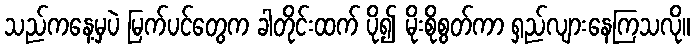
သည်ကနေ့မှပဲ မြက်ပင်တွေက ခါတိုင်းထက် ပို၍ မိုးစိုစွတ်ကာ ရှည်လျားနေကြသလို။